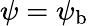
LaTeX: \psi={\psi}_{\mathrm{b}}